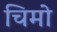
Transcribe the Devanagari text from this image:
चिमो